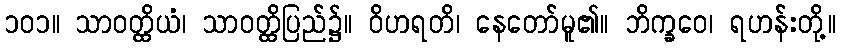
၁၀၁။ သာဝတ္ထိယံ၊ သာဝတ္ထိပြည်၌။ ဝိဟရတိ၊ နေတော်မူ၏။ ဘိက္ခဝေ၊ ရဟန်းတို့။